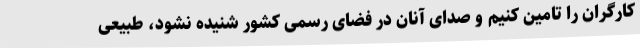
کارگران را تامین کنیم و صدای آنان در فضای رسمی کشور شنیده نشود، طبیعی